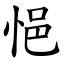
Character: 悒